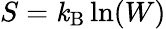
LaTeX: S=\mathit{k}_{\mathrm{{B}}}\ln(W)